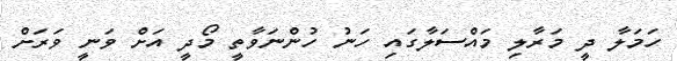
ހަމަލާ ދީ މަރާލި މައްސަލާގައި ހަނު ހުންނަވާތީ މޯދީ އަށް ވަނީ ވަރަށް